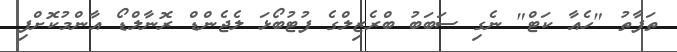
ތަފާތު "ހެއާ ކަޓް" ނެގި ސަބަބު ބްރެޒިލްގެ ފުޓުބޯޅަ ލެޖެންޑް ރޮނާލްޑޯ އާންމުކޮށްފި